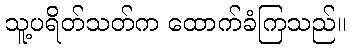
သူ့ပရိတ်သတ်က ထောက်ခံကြသည်။